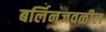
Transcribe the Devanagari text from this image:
बर्लिनजवळील